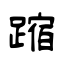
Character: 蹜